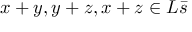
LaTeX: x + y , y + z , x + z \in L { \bar { s } }